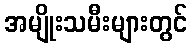
အမျိုးသမီးများတွင်